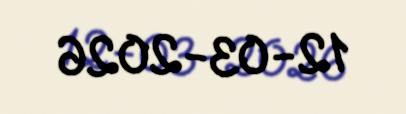
12-03-2026